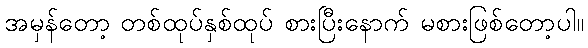
အမှန်တော့ တစ်ထုပ်နှစ်ထုပ် စားပြီးနောက် မစားဖြစ်တော့ပါ။